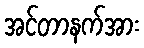
အင်တာနက်အား